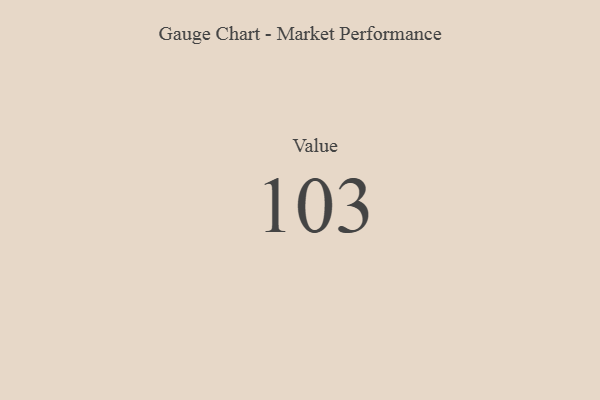
{"axis": {"x": "Metric", "y": "Value"}, "legend": [""], "data": [{"x": "Value", "y": 103, "type": ""}]}